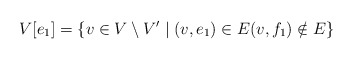
\begin{align*} V[e_1]=\{v\in V\setminus V'\mid (v,e_1)\in E (v,f_1)\notin E\} \end{align*}